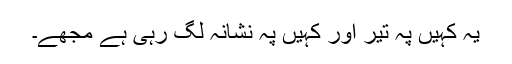
یہ کہیں پہ تیر اور کہیں پہ نشانہ لگ رہی ہے مجھے۔